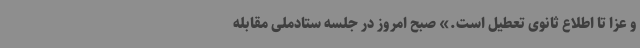
و عزا تا اطلاع ثانوی تعطیل است.» صبح امروز در جلسه ستادملی مقابله